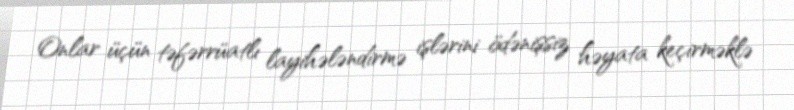
Onlar üçün təfərrüatlı layihələndirmə işlərini ödənişsiz həyata keçirməklə